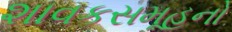
શાવકસમૂહનો